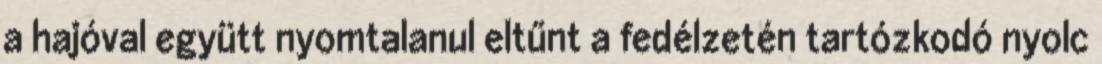
a hajóval együtt nyomtalanul eltűnt a fedélzetén tartózkodó nyolc